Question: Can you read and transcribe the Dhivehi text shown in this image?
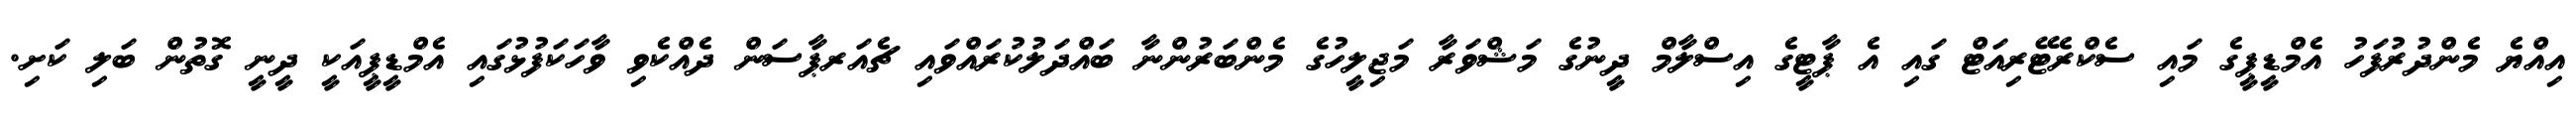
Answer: އިއްޔެ މެންދުރުފަހު އެމްޑީޕީގެ މައި ސެކްރެޓޭރިއަޓް ގައި އެ ޕާޓީގެ އިސްލާމް ދީނުގެ މަޝްވަރާ މަޖިލީހުގެ މެންބަރުންނާ ބައްދަލުކުރައްވައި ޗެއަރޕާސަން ދެއްކެވި ވާހަކަފުޅުގައި އެމްޑީޕީއަކީ ދީނީ ގޮތުން ބަލި ކަށި.